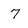
Character: 7